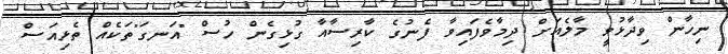
ނިހާން ވިދާޅުވީ މާލެއަށް ދިމާވެފައިވާ ފެނުގެ ކާރިސާއާ ގުޅިގެން ހުސް "އަނގަ"ތަކެއް ތެޅިއަސް